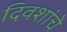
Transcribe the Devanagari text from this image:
दिवशांचे